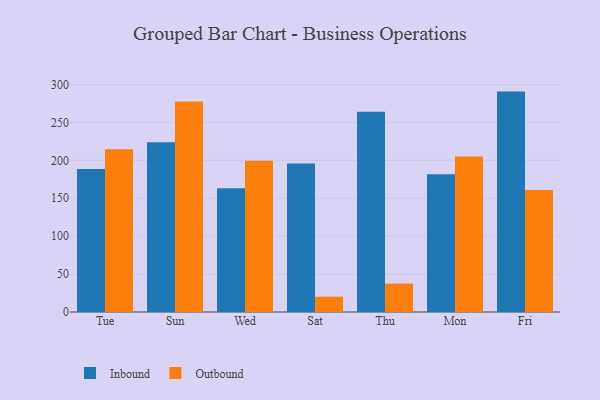
{"axis": {"x": "Day", "y": "Temperature (°C)"}, "legend": ["Inbound", "Outbound"], "data": [{"x": "Tue", "y": 188.5, "type": "Inbound"}, {"x": "Tue", "y": 214.7, "type": "Outbound"}, {"x": "Sun", "y": 224.0, "type": "Inbound"}, {"x": "Sun", "y": 277.7, "type": "Outbound"}, {"x": "Wed", "y": 163.3, "type": "Inbound"}, {"x": "Wed", "y": 199.5, "type": "Outbound"}, {"x": "Sat", "y": 195.8, "type": "Inbound"}, {"x": "Sat", "y": 20.2, "type": "Outbound"}, {"x": "Thu", "y": 264.1, "type": "Inbound"}, {"x": "Thu", "y": 37.5, "type": "Outbound"}, {"x": "Mon", "y": 181.8, "type": "Inbound"}, {"x": "Mon", "y": 205.1, "type": "Outbound"}, {"x": "Fri", "y": 290.7, "type": "Inbound"}, {"x": "Fri", "y": 160.8, "type": "Outbound"}]}